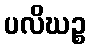
ပလိဃဉ္စ